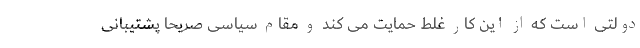
دولتی است که از این کار غلط حمایت می کند و مقام سیاسی صریحا پشتیبانی